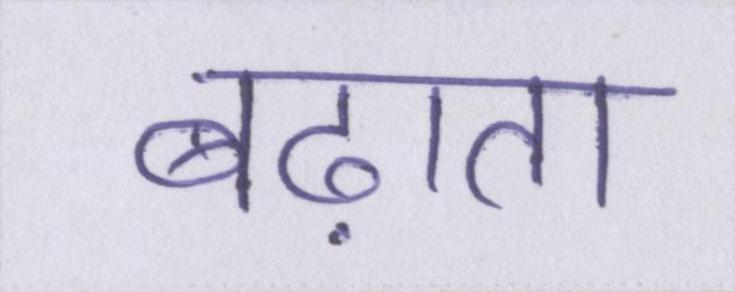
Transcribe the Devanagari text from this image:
बढ़ाता